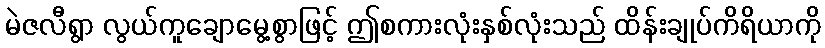
မဲဇလီရွာ လွယ်ကူချောမွေ့စွာဖြင့် ဤစကားလုံးနှစ်လုံးသည် ထိန်းချုပ်ကိရိယာကို